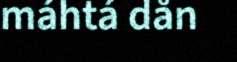
máhtá dån